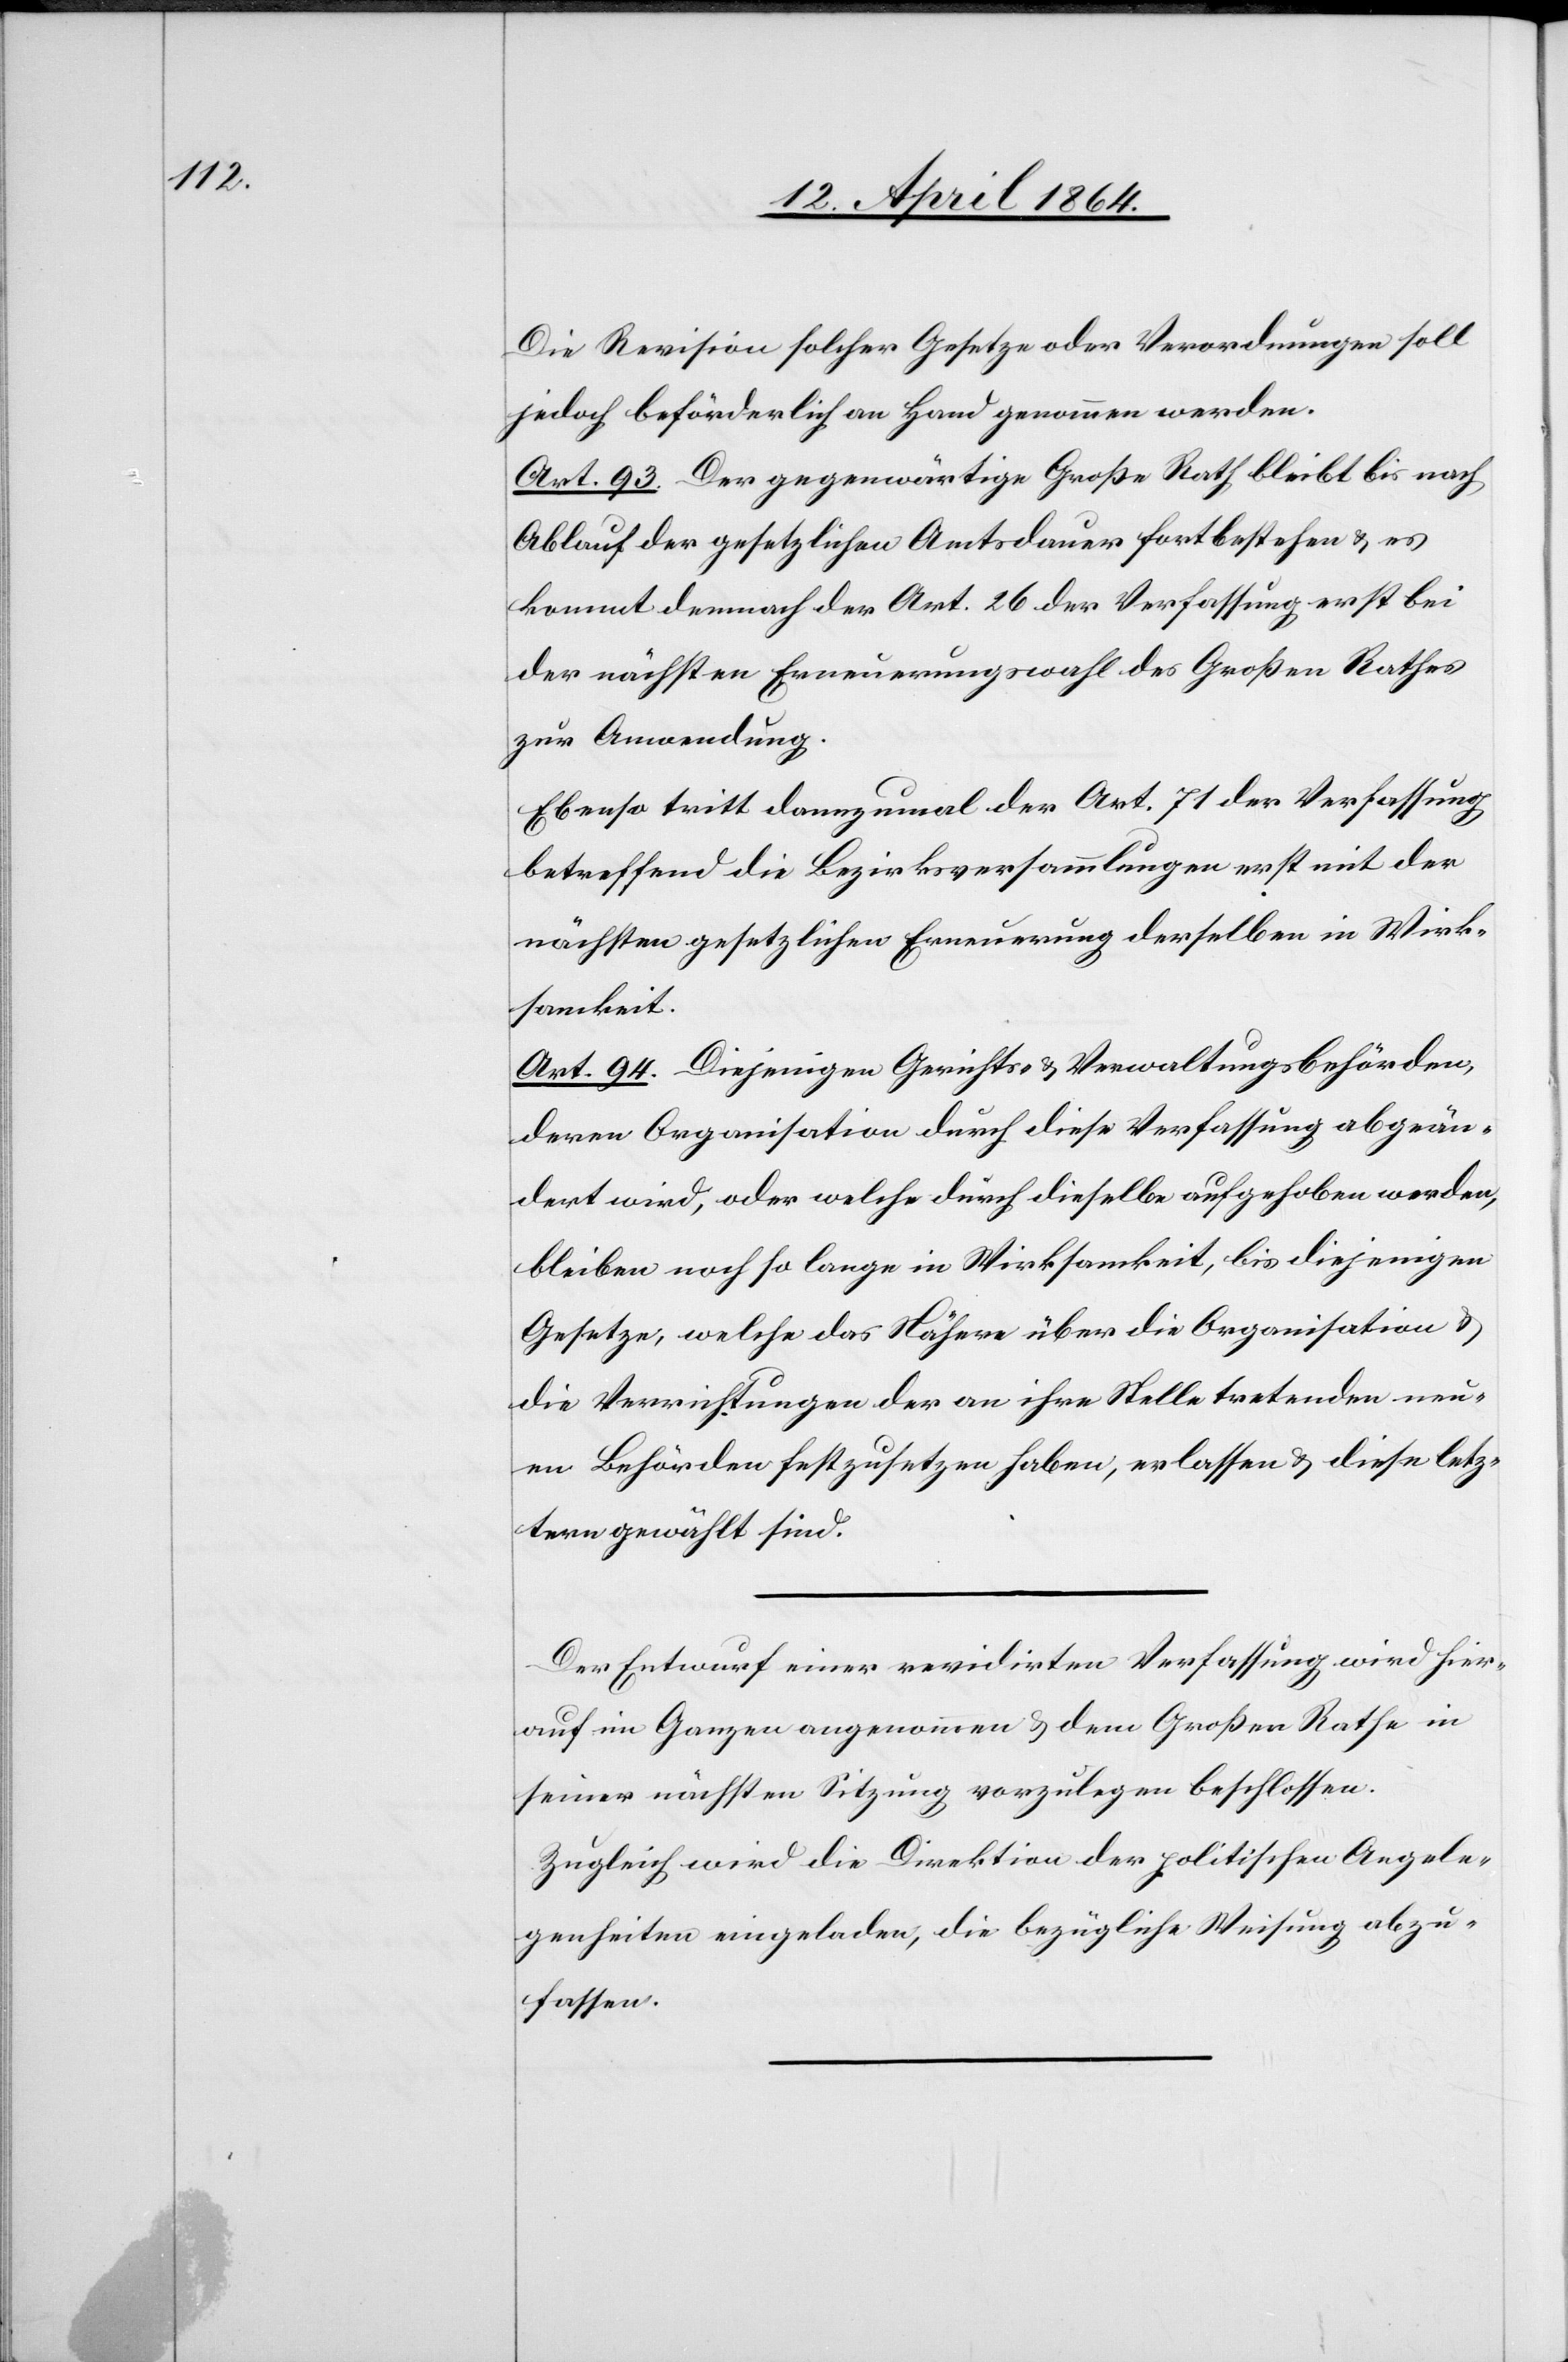
Die Revision solcher Gesetze oder Veränderungen soll
jedoch beförderlich an Hand genommen werden.“
Art. 93. Der gegenwärtige Große Rath bleibt bis nach
Ablauf der gesetzlichen Amtsdauer fortbestehen u. es
kommt demnach der Art. 26 der Verfassung erst bei
der nächsten Erneuerungswahl des Großen Rathes
zur Anwendung.
Ebenso tritt dannzumal der Art. 71 der Verfassung
betreffend die Bezirksversammlungen erst mit der
nächsten gesetzlichen Erneuerung derselben in Wirk¬
samkeit.
Art. 94. Diejenigen Gerichts- u. Verwaltungsbehörden,
deren Organisation durch diese Verfassung abgeän¬
dert wird, oder welche durch dieselbe aufgehoben worden,
bleiben noch so lange in Wirksamkeit, bis diejenigen
Gesetze, welche das Nähere über die Organisation u.
die Verrichtungen der an ihre Stelle tretenden neu¬
en Behörden festzusetzen haben, erlassen u. diese letz¬
tern gewählt sind.
Der Entwurf einer revidirten Verfassung wird hier¬
auf im Ganzen angenommen u. dem Großen Rathe in
seiner nächsten Sitzung vorzulegen beschlossen.
Zugleich wird die Direktion der politischen Angele¬
genheiten eingeladen, die bezügliche Weisung abzu¬
fassen.